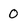
Character: 0